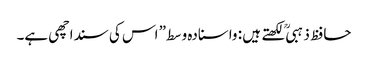
حافظ ذہبی ؒ لکھتے ہیں : واسنادہ وسط” اس کی سنداچھی ہے۔